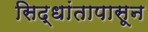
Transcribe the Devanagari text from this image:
सिद्धांतापासून